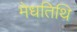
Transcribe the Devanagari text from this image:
मेधतिथि